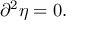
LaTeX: \partial ^ { 2 } \eta = 0 .